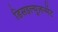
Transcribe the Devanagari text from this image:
डिसइल्यूज़न्मेंट